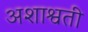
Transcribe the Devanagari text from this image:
अशाश्वती